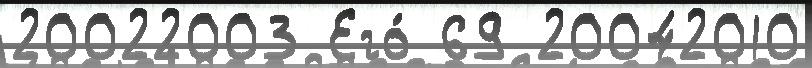
20022003 Его́ 69 20042010